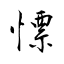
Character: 慓